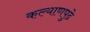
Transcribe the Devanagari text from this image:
कल्याणपुढे